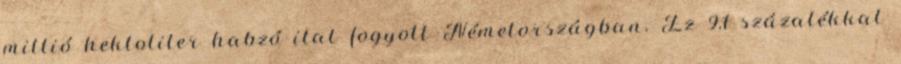
millió hektoliter habzó ital fogyott Németországban. Ez 9,1 százalékkal